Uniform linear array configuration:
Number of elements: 8
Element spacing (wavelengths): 1
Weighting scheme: blackman
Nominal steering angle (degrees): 15
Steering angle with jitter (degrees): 16.16
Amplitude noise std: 0.05
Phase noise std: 0.05

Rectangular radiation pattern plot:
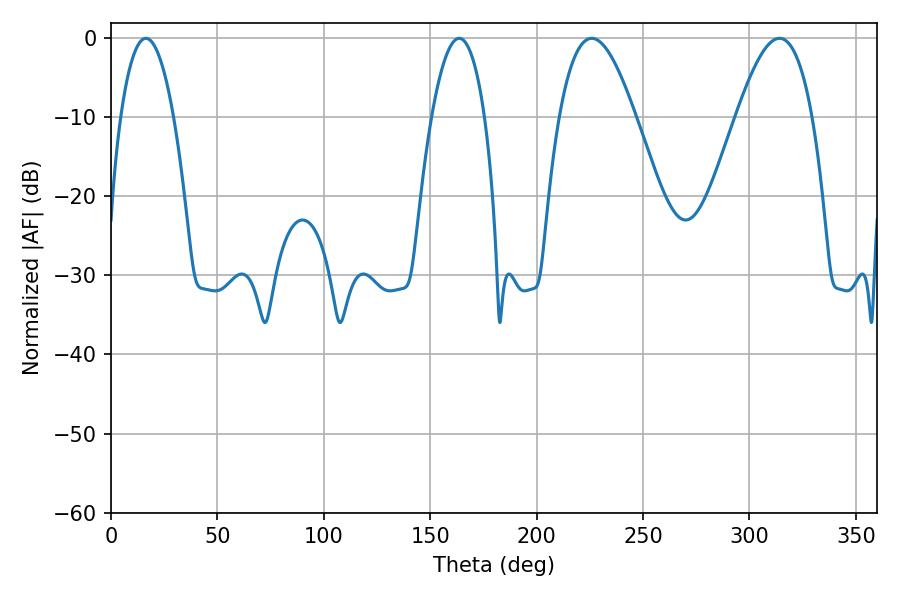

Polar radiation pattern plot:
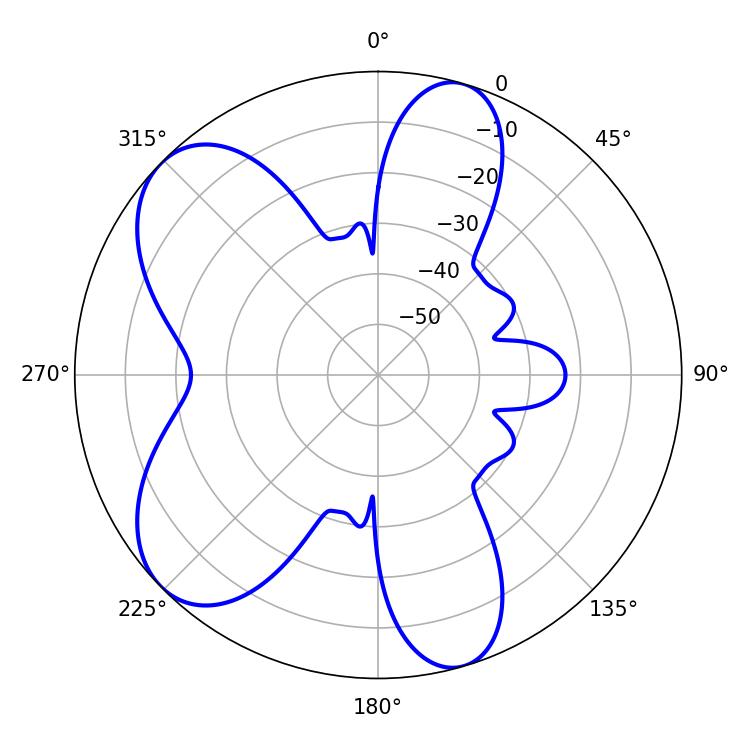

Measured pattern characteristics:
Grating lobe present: TRUE
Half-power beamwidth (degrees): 13.68
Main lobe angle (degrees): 16.38